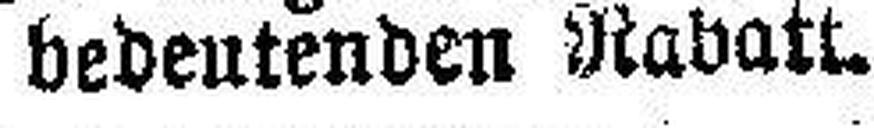
bedeutenden Rabatt.